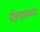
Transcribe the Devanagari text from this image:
पेडगावच्या